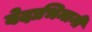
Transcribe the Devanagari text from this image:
वेदाभिमानी